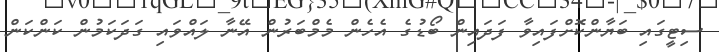
ސިޓީގައި ބަޔާންކޮށްފައިވާ ފަދައިން ބޯޑުގެ އެހެން މެމްބަރުން އޭނާ ލައްވައި ގަދަކަމުން ކަންކަން